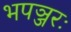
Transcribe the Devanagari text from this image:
भपञ्जरः